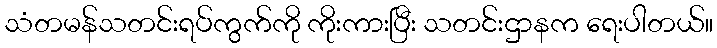
သံတမန်သတင်းရပ်ကွက်ကို ကိုးကားပြီး သတင်းဌာနက ရေးပါတယ်။